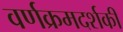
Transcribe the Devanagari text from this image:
वर्णक्रमदर्शकी